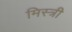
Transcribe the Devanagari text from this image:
मिस्‍त्री